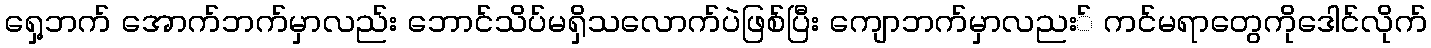
ရှေ့ဘက် အောက်ဘက်မှာလည်း ဘောင်သိပ်မရှိသလောက်ပဲဖြစ်ပြီး ကျောဘက်မှာလညး် ကင်မရာတွေကိုဒေါင်လိုက်